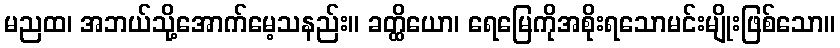
မညထ၊ အဘယ်သို့အောက်မေ့သနည်း။ ခတ္ထိယော၊ ရေမြေကိုအစိုးရသောမင်းမျိုးဖြစ်သော။